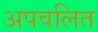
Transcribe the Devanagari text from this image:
अपवलित